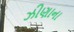
ઝીણાના